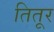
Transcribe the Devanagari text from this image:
तितूर